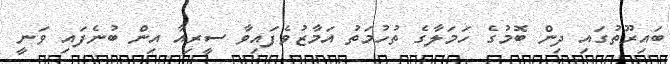
ބައިރޫތުގައި ދިން ބޮމުގެ ހަމަލާގެ ތުހުމަތު އަމާޒުވެފައިވާ ސީރިއާ އިން ބުނެފައި ވަނީ